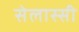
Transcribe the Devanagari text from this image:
सेलास्सी